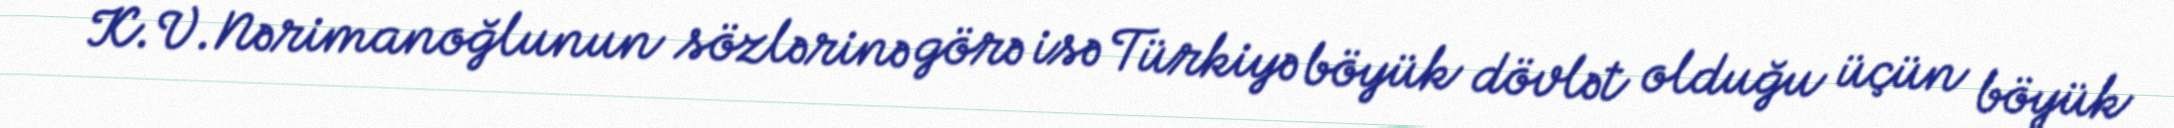
K.V.Nərimanoğlunun sözlərinə görə isə Türkiyə böyük dövlət olduğu üçün böyük